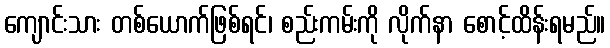
ကျောင်းသား တစ်ယောက်ဖြစ်ရင်၊ စည်းကမ်းကို လိုက်နာ စောင့်ထိန်းရမည်။